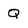
Character: Q